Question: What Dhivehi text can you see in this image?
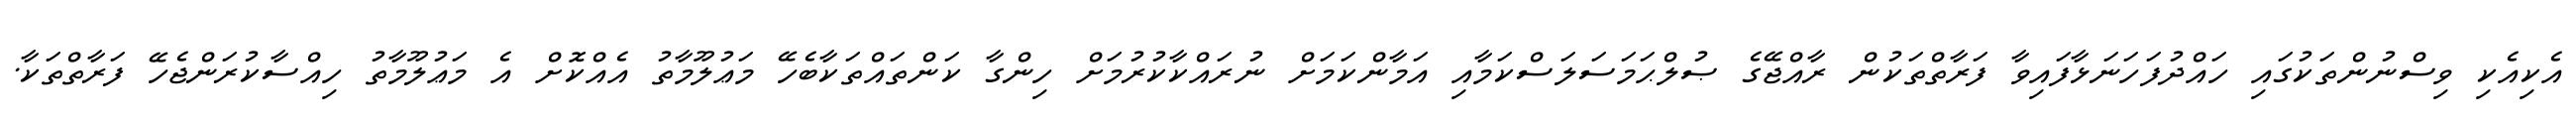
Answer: އެކިއެކި ވިސްނުންތަކުގައި ހައްދުފަހަނަޅާފައިވާ ފަރާތްތަކުން ރާއްޖޭގެ ޞުލްޙަމަސަލަސްކަމާއި އަމާންކަމަށް ނުރައްކާކުރުމަށް ހިންގާ ކަންތައްތަކާބެހޭ މަޢުލޫމާތު އެއްކޮށް އެ މަޢުލޫމާތު ހިއްސާކުރަންޖެހޭ ފަރާތްތަކާ.